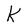
Character: K